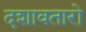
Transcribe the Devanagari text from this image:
दशावतारो